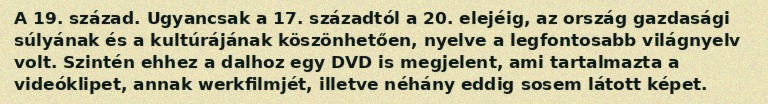
A 19. század. Ugyancsak a 17. századtól a 20. elejéig, az ország gazdasági súlyának és a kultúrájának köszönhetően, nyelve a legfontosabb világnyelv volt. Szintén ehhez a dalhoz egy DVD is megjelent, ami tartalmazta a videóklipet, annak werkfilmjét, illetve néhány eddig sosem látott képet.